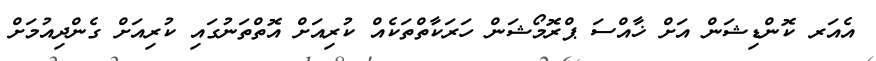
އެއަރ ކޮންޑިޝަން އަށް ޚާއްސަ ޕްރޮމޯޝަން ހަރަކާތްތަކެއް ކުރިއަށް އޮތްތަނުގައި ކުރިއަށް ގެންދިއުމަށް